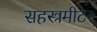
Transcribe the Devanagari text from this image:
सहस्त्रमीटर